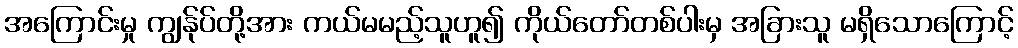
အကြောင်းမှု ကျွန်ုပ်တို့အား ကယ်မမည့်သူဟူ၍ ကိုယ်တော်တစ်ပါးမှ အခြားသူ မရှိသောကြောင့်